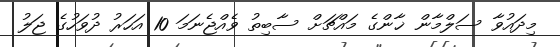
މިދައުވާ ސަލްމާން ޚާންގެ މައްޗަށް ސާބިތު ވެއްޖެނަމަ 10 އަހަރު ދުވަހުގެ ޖަލު